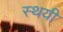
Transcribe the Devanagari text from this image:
स्थयी